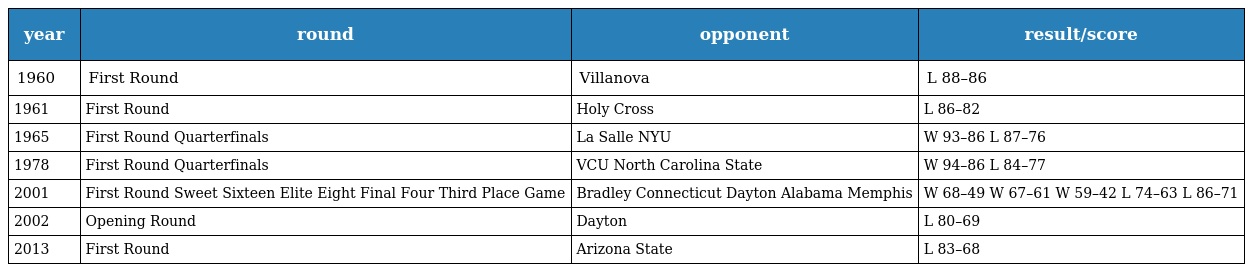
| year | round | opponent | result/score |
 | --- | --- | --- | --- |
 | 1960 | First Round | Villanova | L 88–86 |
 | 1961 | First Round | Holy Cross | L 86–82 |
 | 1965 | First Round Quarterfinals | La Salle NYU | W 93–86 L 87–76 |
 | 1978 | First Round Quarterfinals | VCU North Carolina State | W 94–86 L 84–77 |
 | 2001 | First Round Sweet Sixteen Elite Eight Final Four Third Place Game | Bradley Connecticut Dayton Alabama Memphis | W 68–49 W 67–61 W 59–42 L 74–63 L 86–71 |
 | 2002 | Opening Round | Dayton | L 80–69 |
 | 2013 | First Round | Arizona State | L 83–68 |